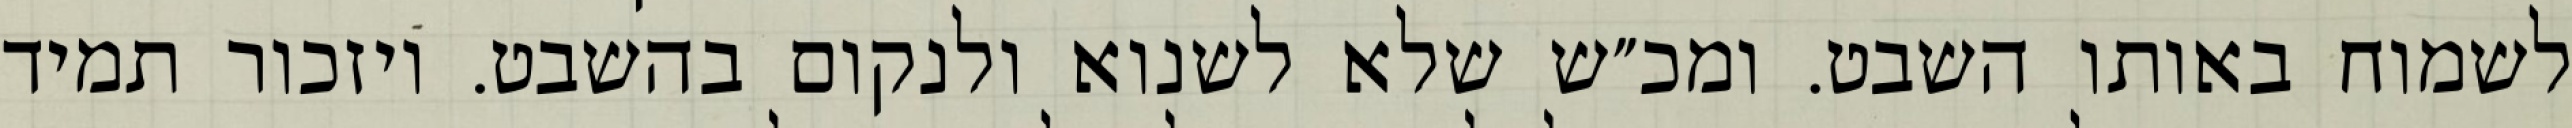
לשמוח באותו השבט. ומכ״ש שלא לשנוא ולנקום בהשבט. ויזכור תמיד